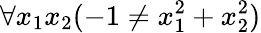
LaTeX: \forall x_{1}x_{2}(-1\neq x_{1}^{2}+x_{2}^{2})